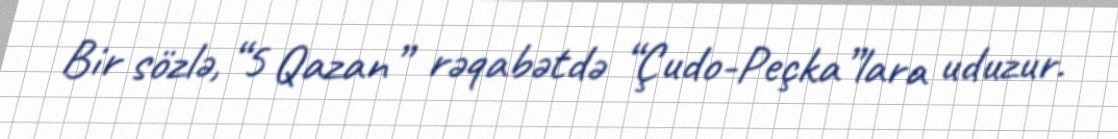
Bir sözlə, “5 Qazan” rəqabətdə “Çudo-Peçka”lara uduzur.